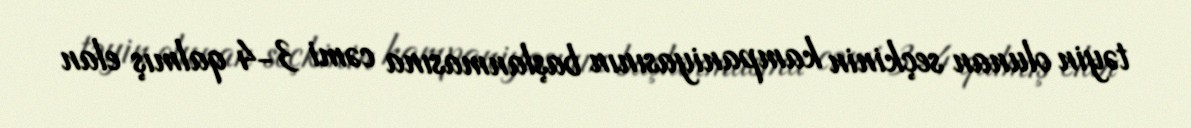
təyin olunan seçkinin kampaniyasının başlanmasına cəmi 3-4 qalmış elan